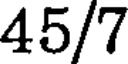
45/7